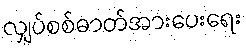
လျှပ်စစ်ဓာတ်အားပေးရေး